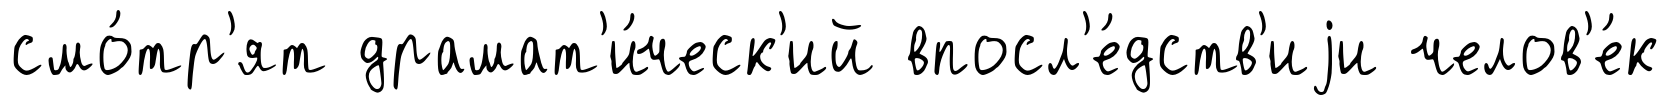
смо́тр'ят драмат'и́ческ'ий впосл'е́дств'иjи челов'е́к